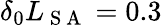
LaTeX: \delta_{0}L_{\mathrm{~S~A~}}=0.3